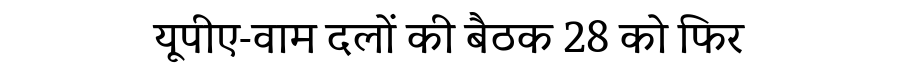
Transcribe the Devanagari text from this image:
यूपीए-वाम दलों की बैठक 28 को फिर